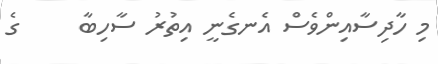
މި ހާދިސާއިންވެސް އެނގެނީ އިތުރު ސާހިބާ     ގެ